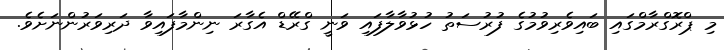
މި ޕްރޮގްރާމްގައި ބައިވެރިވުމުގެ ފުރުސަތު ހުޅުވާލާފައި ވަނީ ގްރޭޑް އެގާރަ ނިންމާފައިވާ ދަރިވަރުންނަށެވެ.